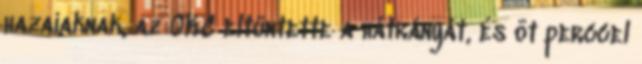
hazaiaknak, az OKC eltüntette a hátrányát, és öt perccel